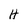
Character: H